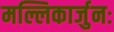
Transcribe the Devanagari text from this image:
मल्लिकार्जुनः